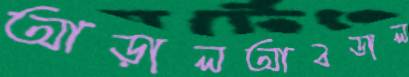
আড়ালআবডাল